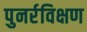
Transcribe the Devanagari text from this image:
पुनर्रविक्षण